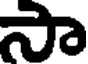
సా